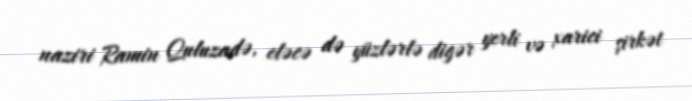
naziri Ramin Quluzadə, eləcə də yüzlərlə digər yerli və xarici şirkət